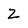
Character: 2